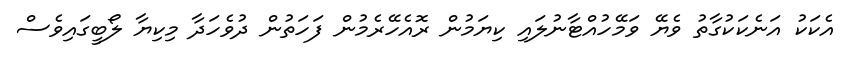
އެކަކު އަނެކަކުގާތު ވެޔޭ ވަމޭހުއްޓާނުލައި ކިޔަމުން ރޮއެހޭރެމުން ފަހަތުން ދުވެހަދާ މިކިޔާ ލޯބީގައިވެސް